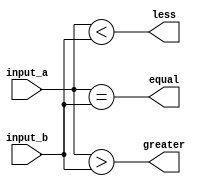
module comparator_16bit(
    input [15:0] input_a,
    input [15:0] input_b,
    output equal,
    output greater,
    output less
);

assign equal = (input_a == input_b);
assign greater = (input_a > input_b);
assign less = (input_a < input_b);

endmodule